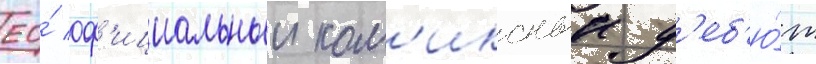
ео́ оф'ициальныи ком'иксныи д'еб'ю́т